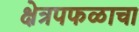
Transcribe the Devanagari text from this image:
क्षेत्रपफळाचा